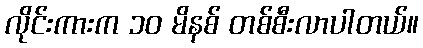
လိုင်းကားက ၁၀ မိနစ် တစ်စီးလာပါတယ်။